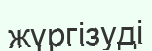
жүргізуді